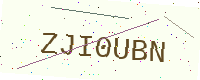
Text: ZJI0UBN